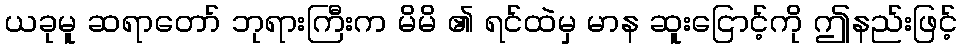
ယခုမူ ဆရာတော် ဘုရားကြီးက မိမိ ၏ ရင်ထဲမှ မာန ဆူးငြောင့်ကို ဤနည်းဖြင့်